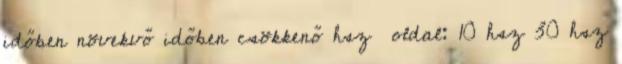
időben növekvő időben csökkenő hsz oldal: 10 hsz 30 hsz